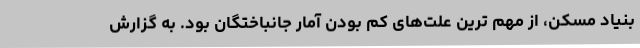
بنیاد مسکن، از مهم ترین علت‌های کم بودن آمار جانباختگان بود. به گزارش